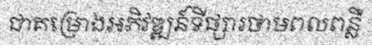
ជាគម្រោងអភិវឌ្ឍន៍ទីផ្សារថាមពលពន្លឺ